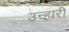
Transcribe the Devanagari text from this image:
उन्हारी